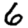
Digit: 6